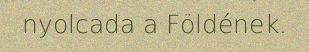
nyolcada a Földének.